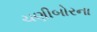
ચણીબોરના